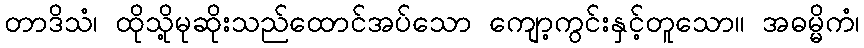
တာဒိသံ၊ ထိုသို့မုဆိုးသည်ထောင်အပ်သော ကျော့ကွင်းနှင့်တူသော။ အဓမ္မိကံ၊